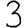
Digit: 3